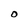
Character: O